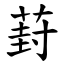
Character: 葑